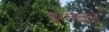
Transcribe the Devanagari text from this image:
इंग्लडने